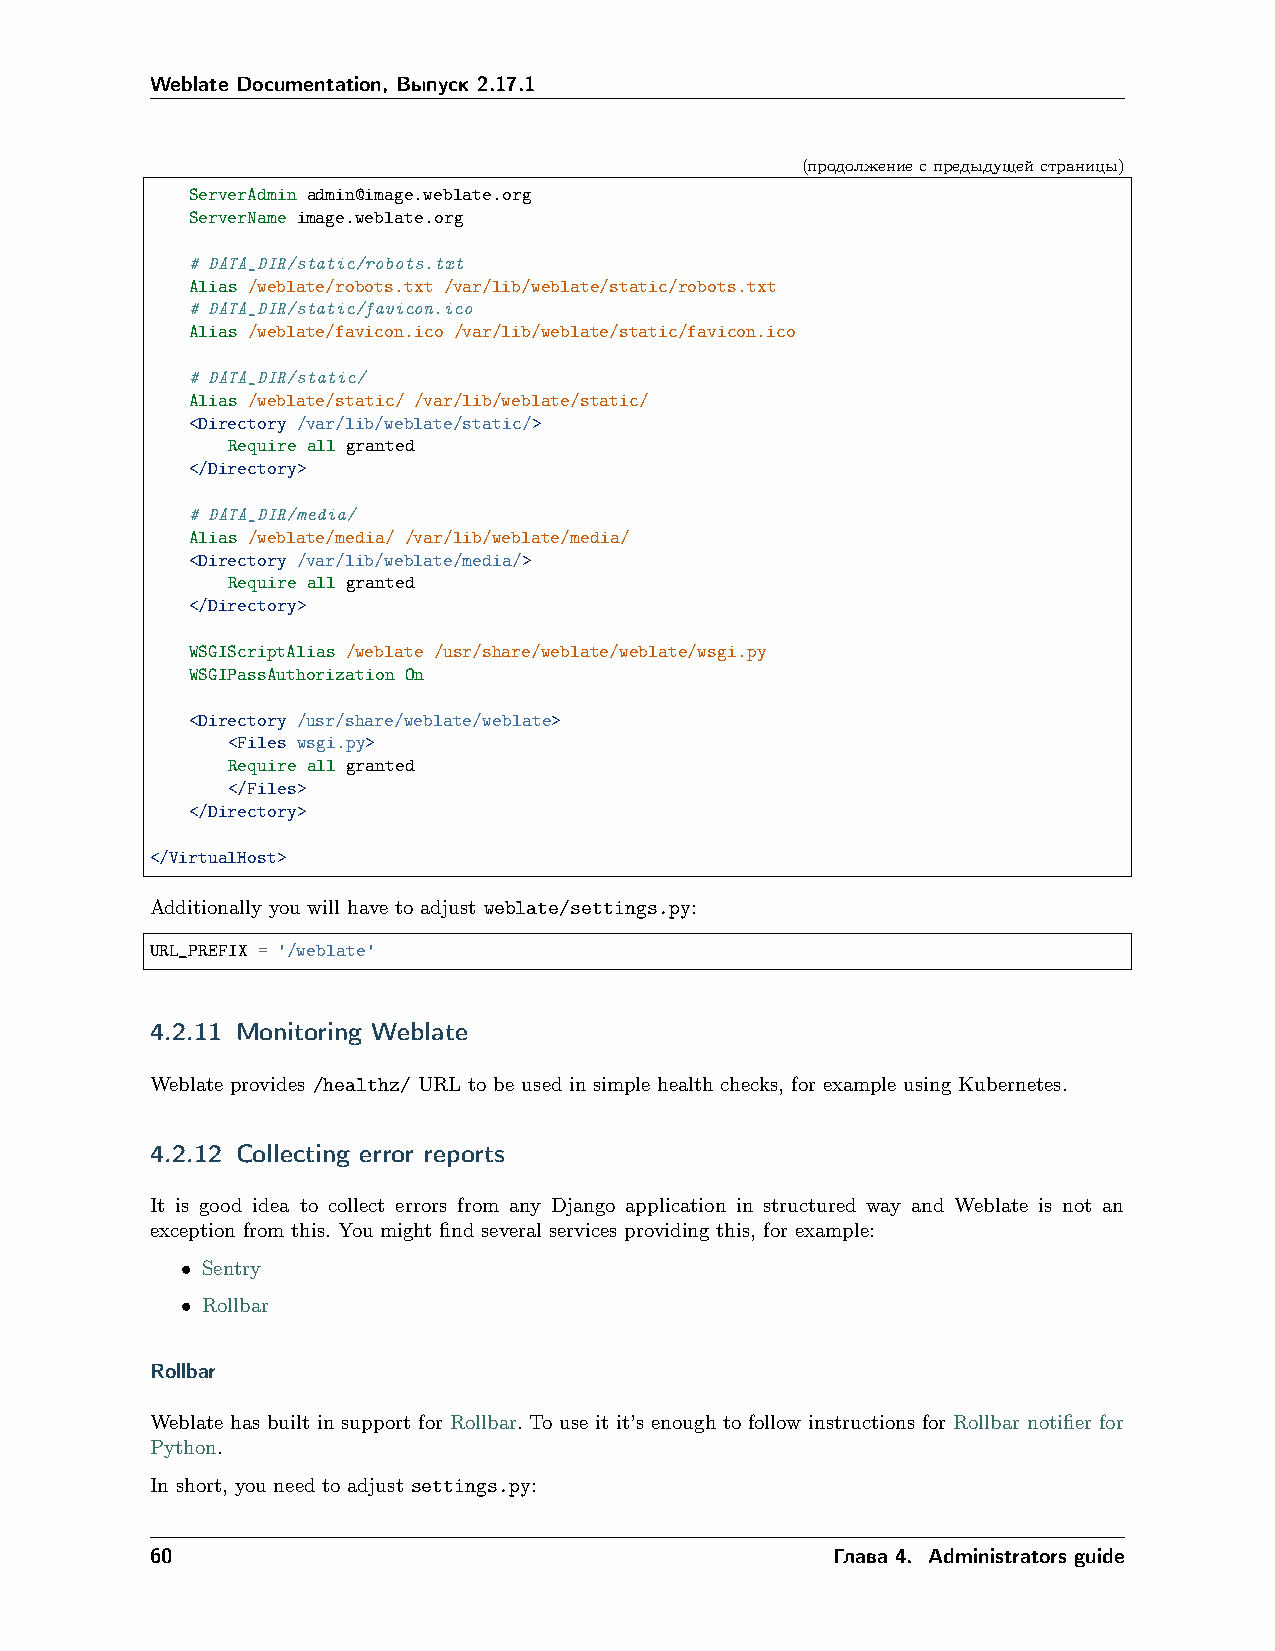
Weblate Documentation, Выпуск 2.17.1
 (продолжениеспредыдущейстраницы)
 ServerAdmin admin@image.weblate.org
 ServerName image.weblate.org
 # DATA_DIR/static/robots.txt
 Alias /weblate/robots.txt /var/lib/weblate/static/robots.txt
 # DATA_DIR/static/favicon.ico
 Alias /weblate/favicon.ico /var/lib/weblate/static/favicon.ico
 # DATA_DIR/static/
 Alias /weblate/static/ /var/lib/weblate/static/
 <Directory /var/lib/weblate/static/>
 Require all granted
 </Directory>
 # DATA_DIR/media/
 Alias /weblate/media/ /var/lib/weblate/media/
 <Directory /var/lib/weblate/media/>
 Require all granted
 </Directory>
 WSGIScriptAlias /weblate /usr/share/weblate/weblate/wsgi.py
 WSGIPassAuthorization On
 <Directory /usr/share/weblate/weblate>
 <Files wsgi.py>
 Require all granted
 </Files>
 </Directory>
 </VirtualHost>
 Additionally you will have to adjust weblate/settings.py:
 URL_PREFIX = '/weblate'
 4.2.11 Monitoring Weblate
 Weblate provides /healthz/ URL to be used in simple health checks, for example using Kubernetes.
 4.2.12 Collecting error reports
 It is good idea to collect errors from any Django application in structured way and Weblate is not an
 exception from this. You might find several services providing this, for example:
 • Sentry
 • Rollbar
 Rollbar
 Weblate has built in support for Rollbar. To use it it’s enough to follow instructions for Rollbar notifier for
 Python.
 In short, you need to adjust settings.py:
 60                                           Глава 4. Administrators guide